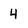
Character: 4